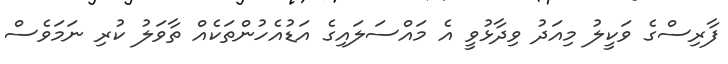
ފާރިސްގެ ވަކީލު މިއަދު ވިދާޅުވީ އެ މައްސަލައިގެ އަޑުއެހުންތަކެއް ތާވަލު ކުރި ނަމަވެސް